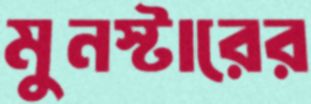
মুনস্টারের